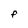
Character: F